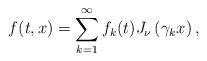
LaTeX: \begin{align*}f(t,x)=\sum\limits_{k=1}^\infty f_k(t) J_\nu\left(\gamma_k x\right),\end{align*}